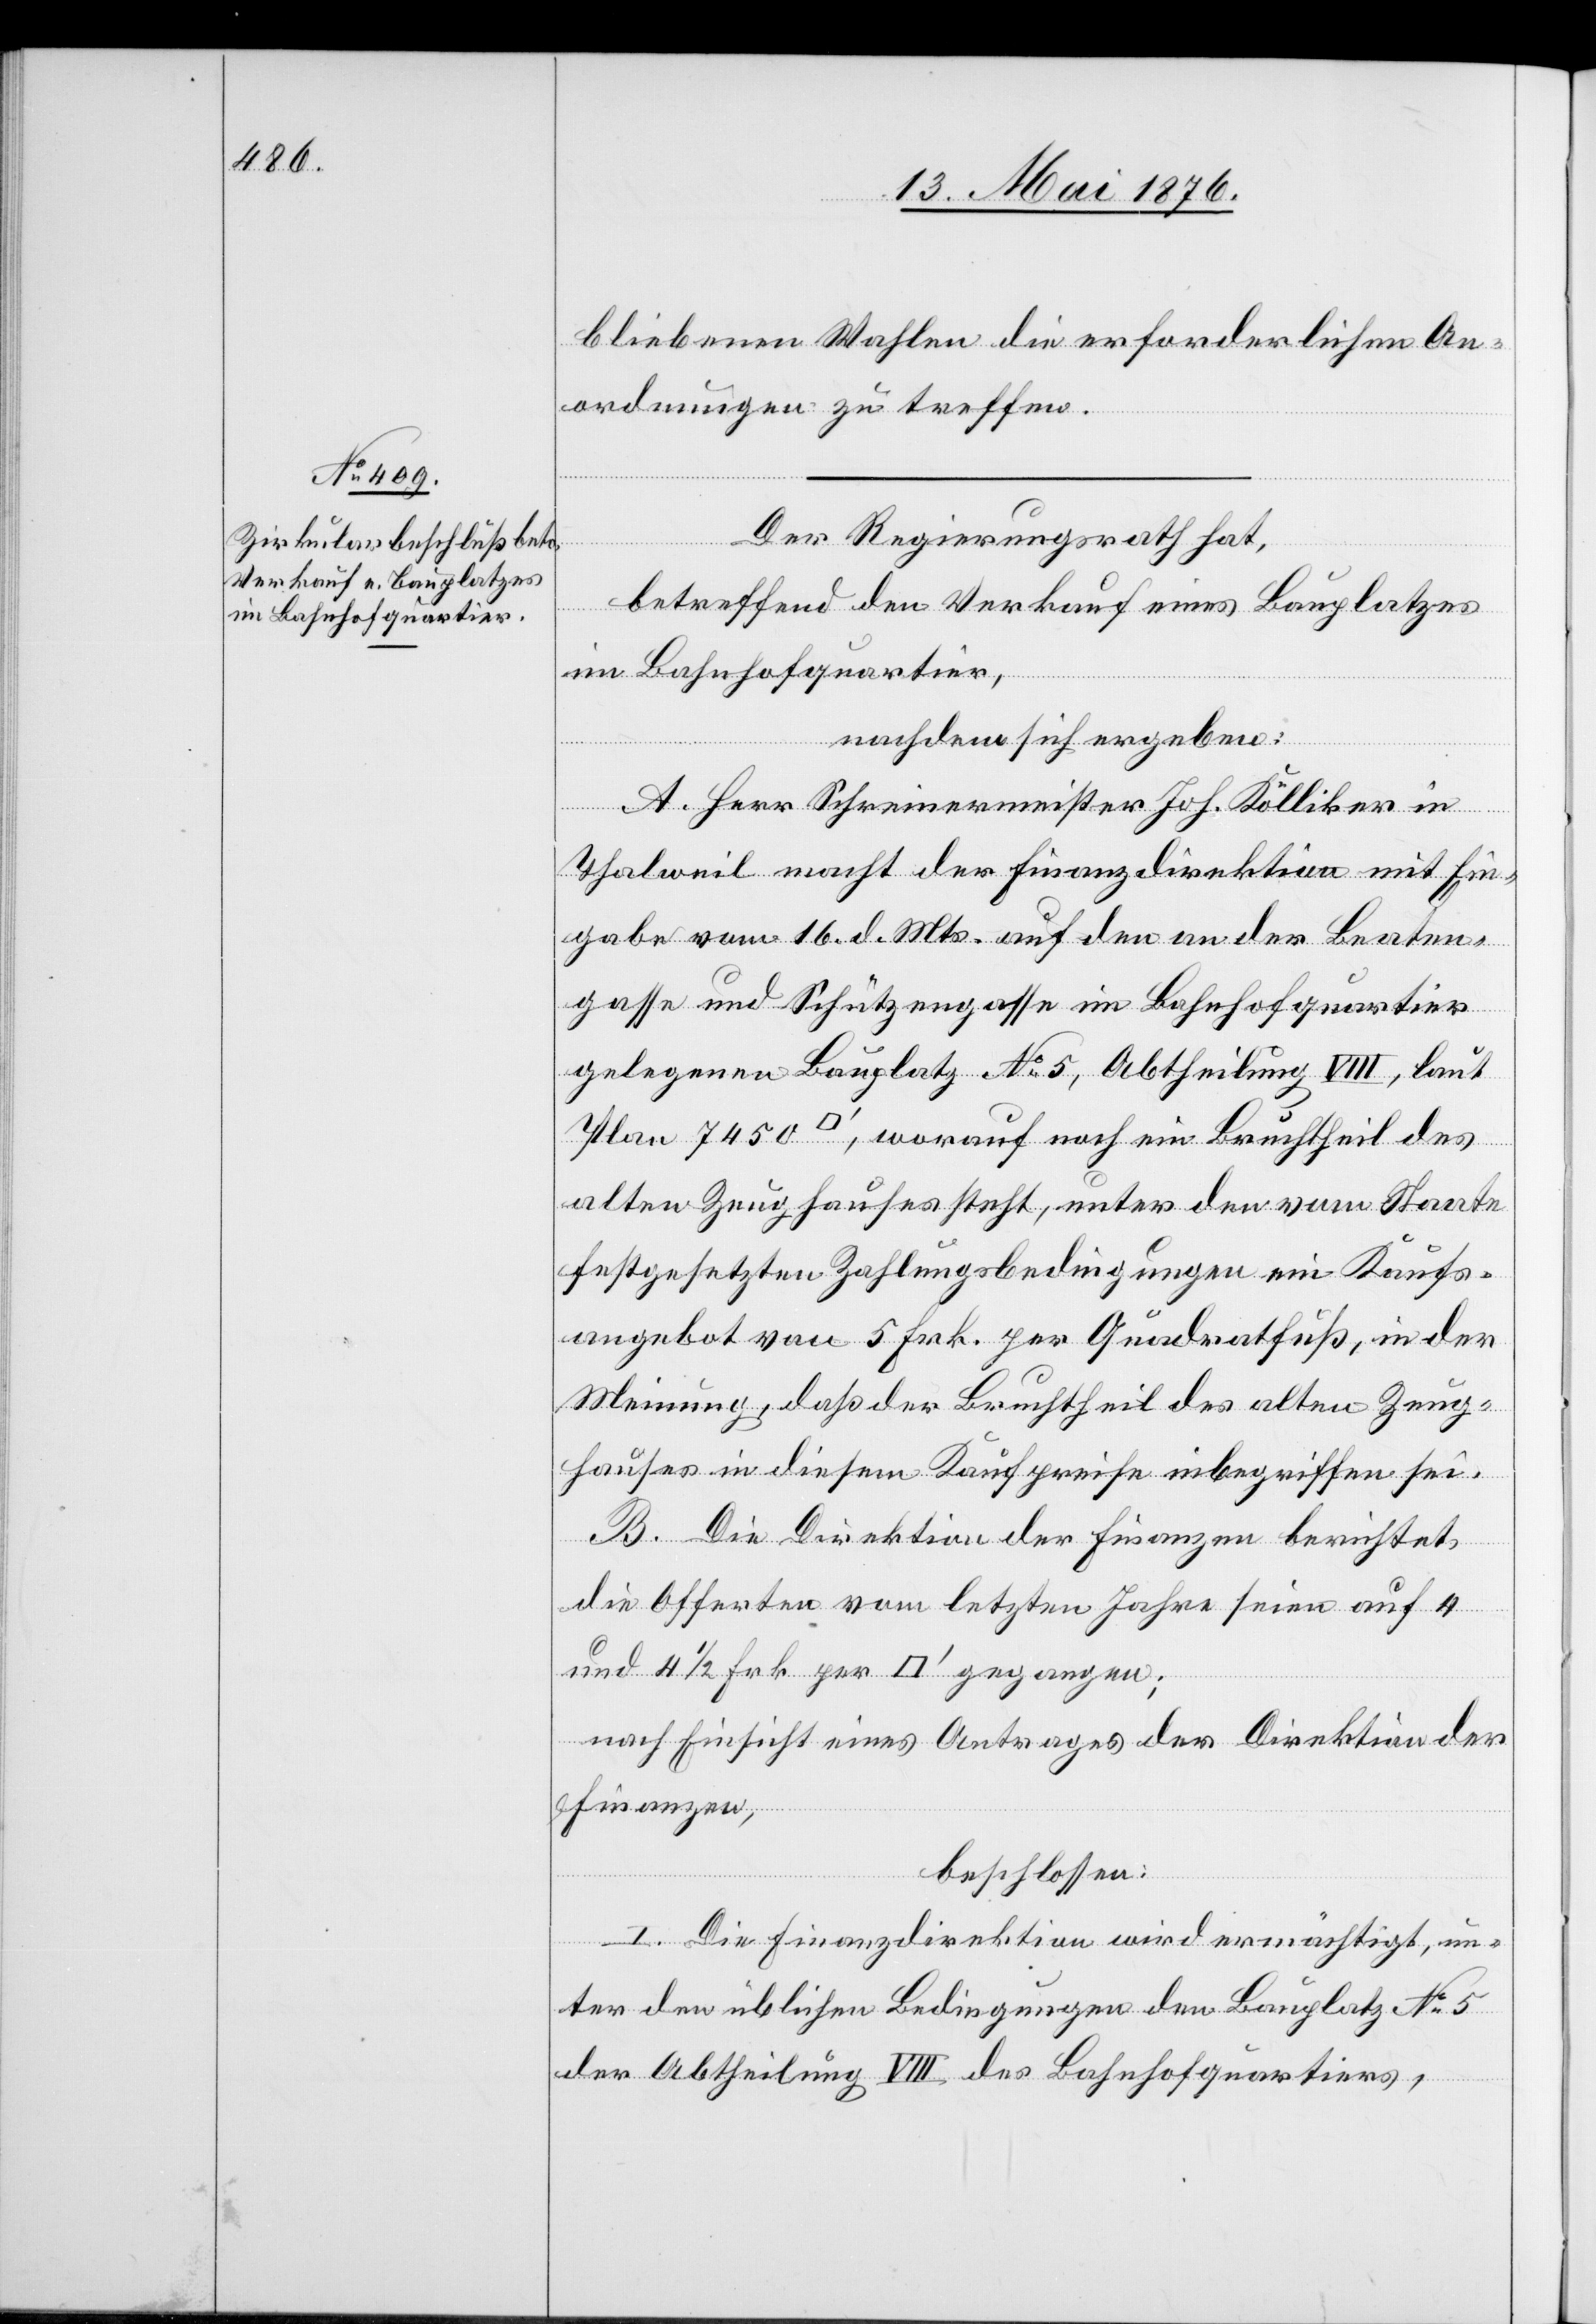
18. Mai 1876.
bliebenen Wahlen die erforderlichen An¬
ordnungen zu treffen.
gegangen;
Der Regierungsrath hat,
betreffend den Verkauf eines Bauplatzes
im Bahnhofquartier,
nachdem sich ergeben:
A. Herr Schreinermeister Joh. Kölliker in
Thalweil macht der Finanzdirektion mit Ein¬
gabe vom 16. d. Mts. auf den an der Beaten¬
gasse und Schützengasse im Bahnhofquartier
gelegenen Bauplatz No 5, Abtheilung VIII, laut
Plan 7450 [Quadratfuss] worauf noch ein Bruchtheil des
alten Zeughauses steht, unter den vom Staate
festgesetzten Zahlungsbedingungen ein Kaufs¬
angebot von 5 Frk. per Quadratfuß, in der
Meinung, daß der Bruchtheil des alten Zeug¬
hauses in diesem Kaufpreise inbegriffen sei.
B. Die Direktion der Finanzen berichtet,
die Offerten vom letzten Jahre seien auf 4
nach Einsicht eines Antrages der Direktion der
Finanzen,
beschlossen:
I. Die Finanzdirektion wird ermächtigt, un¬
ter den üblichen Bedingungen den Bauplatz No 5
der Abtheilung VIII des Bahnhofquartiers,